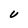
Character: U